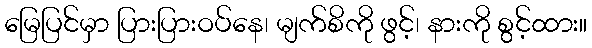
မြေပြင်မှာ ပြားပြားဝပ်နေ၊ မျက်စိကို ဖွင့်၊ နားကို စွင့်ထား။